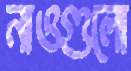
নাওগুলো